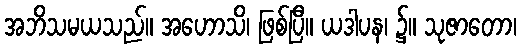
အဘိသမယသည်။ အဟောသိ၊ ဖြစ်ပြီ။ ယဒါပန၊ ၌။ သုဇာတော၊